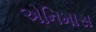
એનિમાસ